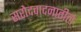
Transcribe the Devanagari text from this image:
सरोदवादनातील